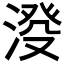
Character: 𣸍